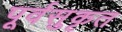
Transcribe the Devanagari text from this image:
पूर्वसुकृत